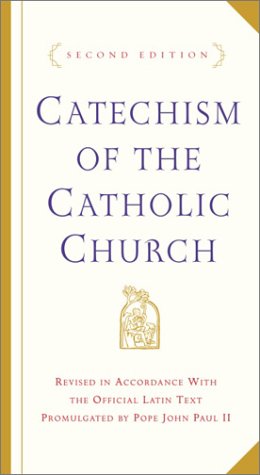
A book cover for Catechism of the Catholic Church: Second Edition; U.S. Catholic Church; Christian Books & Bibles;